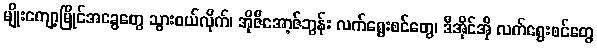
မျိုးကျော့မြိုင်အခွေတွေ သွားဝယ်လိုက်၊ အိုဇီအော့ဇ်ဘွန်း လက်ရွေးစင်တွေ၊ ဒီအိုင်အို လက်ရွေးစင်တွေ